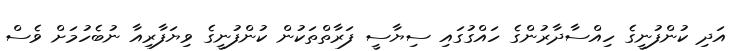
އަދި ކުންފުނީގެ ހިއްސާދާރުންގެ ހައްގުގައި ސިޔާސީ ފަރާތްތަކުން ކުންފުނީގެ ވިޔަފާރިއާ ނުބެހުމަށް ވެސް